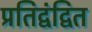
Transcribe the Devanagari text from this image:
प्रतिद्वंद्वित